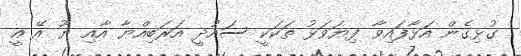
ގުޅިގެން އަޅާފައިވާ ފިޔަވަޅު ތަކަކީ ސައުދީ އަރަބިއްޔާ އާއި ޔޫ އޭ އީ